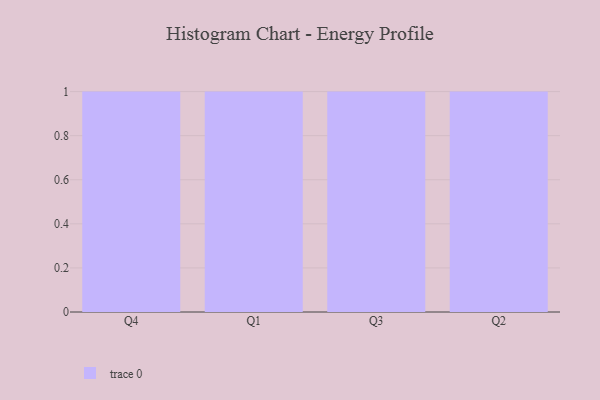
{"axis": {"x": "Quarter", "y": "LTV (USD)"}, "legend": [""], "data": [{"x": "Q4", "y": 97, "type": ""}, {"x": "Q1", "y": 17, "type": ""}, {"x": "Q3", "y": 6, "type": ""}, {"x": "Q2", "y": 92, "type": ""}]}